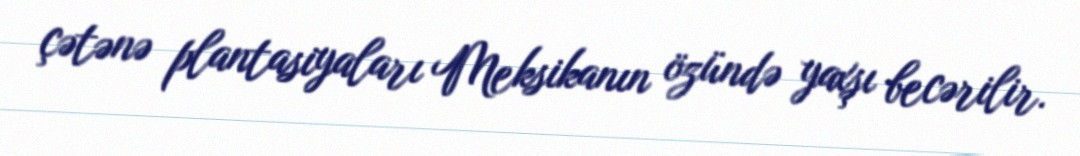
çətənə plantasiyaları Meksikanın özündə yaxşı becərilir.